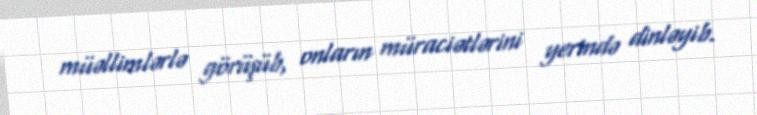
müəllimlərlə görüşüb, onların müraciətlərini yerində dinləyib.